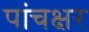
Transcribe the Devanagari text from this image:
पांचक्षर